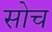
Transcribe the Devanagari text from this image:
सोच